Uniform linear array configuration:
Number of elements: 4
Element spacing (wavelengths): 1
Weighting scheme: hann
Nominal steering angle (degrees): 15
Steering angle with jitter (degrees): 13.885
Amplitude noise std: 0.05
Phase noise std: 0.05

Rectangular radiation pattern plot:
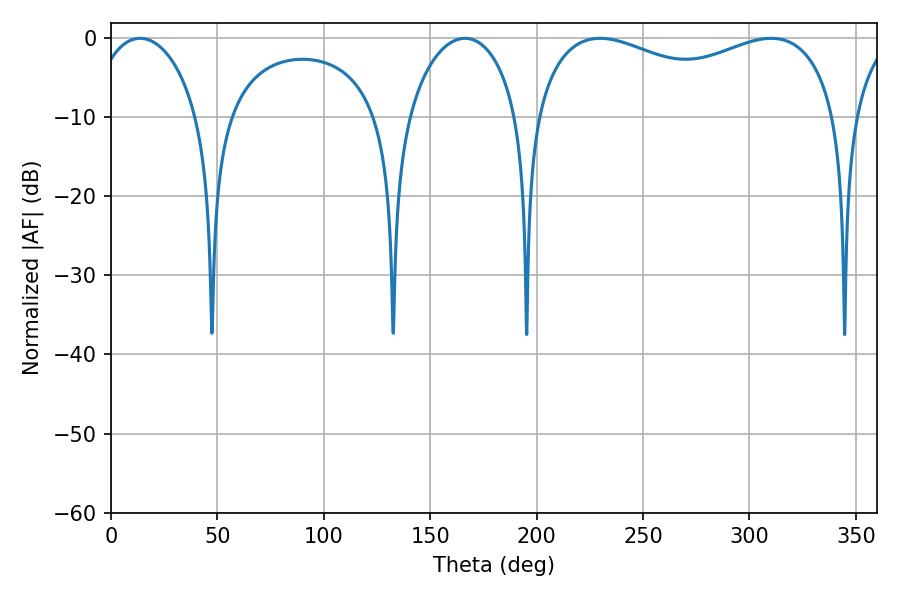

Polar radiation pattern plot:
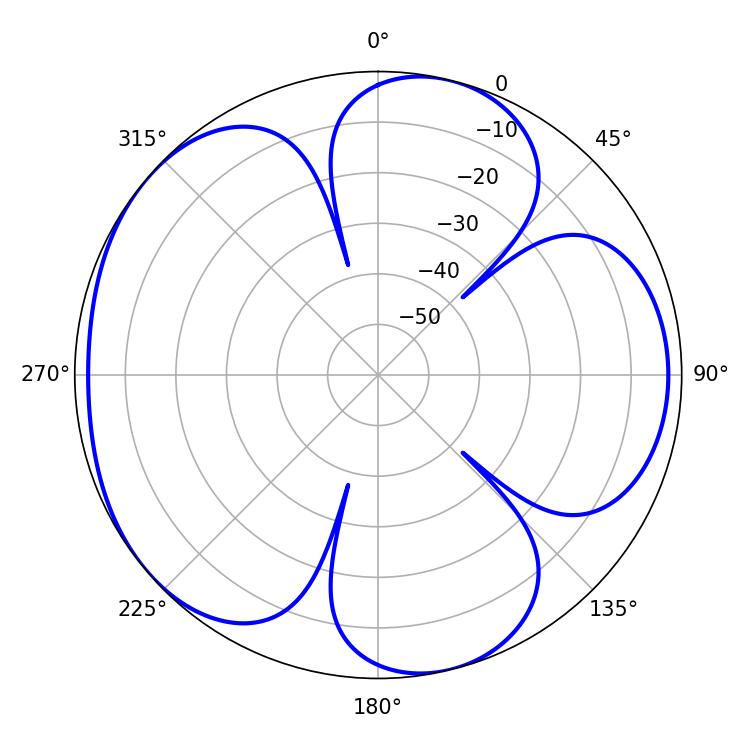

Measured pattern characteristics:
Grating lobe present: TRUE
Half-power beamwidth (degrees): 28.98
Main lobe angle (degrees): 13.68